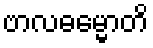
ဗာလဓမ္မောတိ